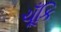
ચૂઁકિ